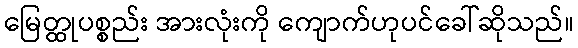
မြေတ္ထုပစ္စည်း အားလုံးကို ကျောက်ဟုပင်ခေါ်ဆိုသည်။